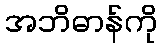
အဘိဓာန်ကို